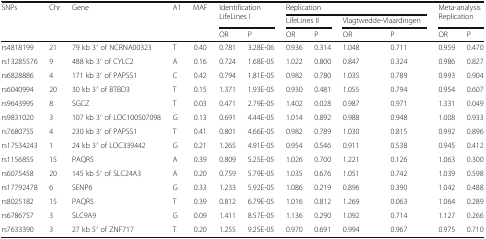
<table><thead><tr><td rowspan="3"><b>SNPs</b></td><td rowspan="3"><b>Chr</b></td><td rowspan="3"><b>Gene</b></td><td rowspan="3"><b>A1</b></td><td rowspan="3"><b>MAF</b></td><td rowspan="2" colspan="2"><b>Identification LifeLines I</b></td><td colspan="4"><b>Replication</b></td><td rowspan="2" colspan="2"><b>Meta-analysis Replication</b></td></tr><tr><td colspan="2"><b>LifeLines II</b></td><td colspan="2"><b>Vlagtwedde-Vlaardingen</b></td></tr><tr><td><b>OR</b></td><td><b>P</b></td><td><b>OR</b></td><td><b>P</b></td><td><b>OR</b></td><td><b>P</b></td><td><b>OR</b></td><td><b>P</b></td></tr></thead><tbody><tr><td>rs4818199</td><td>21</td><td>79 kb 3′ of NCRNA00323</td><td>T</td><td>0.40</td><td>0.781</td><td>3.28E-06</td><td>0.936</td><td>0.314</td><td>1.048</td><td>0.711</td><td>0.959</td><td>0.470</td></tr><tr><td>rs13285576</td><td>9</td><td>488 kb 3′ of CYLC2</td><td>A</td><td>0.16</td><td>0.724</td><td>1.68E-05</td><td>1.022</td><td>0.800</td><td>0.847</td><td>0.324</td><td>0.986</td><td>0.827</td></tr><tr><td>rs6828886</td><td>4</td><td>171 kb 3′ of PAPSS1</td><td>C</td><td>0.42</td><td>0.794</td><td>1.81E-05</td><td>0.982</td><td>0.780</td><td>1.035</td><td>0.789</td><td>0.993</td><td>0.904</td></tr><tr><td>rs6040994</td><td>20</td><td>30 kb 3′ of BTBD3</td><td>T</td><td>0.15</td><td>1.371</td><td>1.93E-05</td><td>0.930</td><td>0.481</td><td>1.055</td><td>0.794</td><td>0.954</td><td>0.607</td></tr><tr><td>rs9643995</td><td>8</td><td>SGCZ</td><td>T</td><td>0.03</td><td>0.471</td><td>2.79E-05</td><td>1.402</td><td>0.028</td><td>0.987</td><td>0.971</td><td>1.331</td><td>0.049</td></tr><tr><td>rs9831020</td><td>3</td><td>107 kb 3′ of LOC100507098</td><td>G</td><td>0.13</td><td>0.691</td><td>4.44E-05</td><td>1.014</td><td>0.892</td><td>0.988</td><td>0.948</td><td>1.008</td><td>0.933</td></tr><tr><td>rs7680755</td><td>4</td><td>230 kb 3′ of PAPSS1</td><td>T</td><td>0.41</td><td>0.801</td><td>4.66E-05</td><td>0.982</td><td>0.789</td><td>1.030</td><td>0.815</td><td>0.992</td><td>0.896</td></tr><tr><td>rs17534243</td><td>1</td><td>24 kb 3′ of LOC339442</td><td>G</td><td>0.21</td><td>1.265</td><td>4.91E-05</td><td>0.954</td><td>0.546</td><td>0.911</td><td>0.538</td><td>0.945</td><td>0.412</td></tr><tr><td>rs1156855</td><td>15</td><td>PAQR5</td><td>A</td><td>0.39</td><td>0.809</td><td>5.25E-05</td><td>1.026</td><td>0.700</td><td>1.221</td><td>0.126</td><td>1.063</td><td>0.300</td></tr><tr><td>rs6075458</td><td>20</td><td>145 kb 5′ of SLC24A3</td><td>A</td><td>0.20</td><td>0.759</td><td>5.79E-05</td><td>1.035</td><td>0.676</td><td>1.051</td><td>0.742</td><td>1.039</td><td>0.598</td></tr><tr><td>rs17792478</td><td>6</td><td>SENP6</td><td>G</td><td>0.33</td><td>1.233</td><td>5.92E-05</td><td>1.086</td><td>0.219</td><td>0.896</td><td>0.390</td><td>1.042</td><td>0.488</td></tr><tr><td>rs8025182</td><td>15</td><td>PAQR5</td><td>T</td><td>0.39</td><td>0.812</td><td>6.79E-05</td><td>1.016</td><td>0.812</td><td>1.269</td><td>0.063</td><td>1.064</td><td>0.289</td></tr><tr><td>rs6786757</td><td>3</td><td>SLC9A9</td><td>G</td><td>0.09</td><td>1.411</td><td>8.57E-05</td><td>1.136</td><td>0.290</td><td>1.092</td><td>0.714</td><td>1.127</td><td>0.266</td></tr><tr><td>rs7633390</td><td>3</td><td>27 kb 5′ of ZNF717</td><td>T</td><td>0.20</td><td>1.255</td><td>9.25E-05</td><td>0.970</td><td>0.691</td><td>0.994</td><td>0.967</td><td>0.975</td><td>0.710</td></tr></tbody></table>